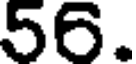
56.